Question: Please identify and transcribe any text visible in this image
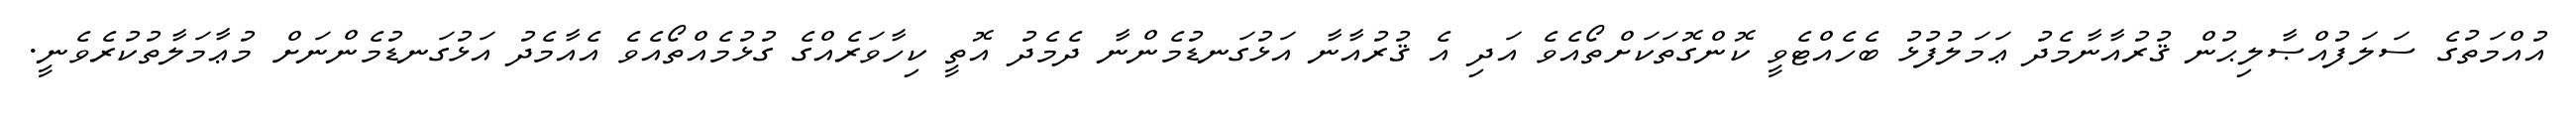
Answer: އުއްމަތުގެ ސަލަފުއްޞާލިޙުން ޤުރުއާނާމެދު ޢަމަލުފުޅު ބެހެއްޓެވީ ކޮންގޮތަކަށްތޯއެވެ އަދި އެ ޤުރުއާނާ އަޅުގަނޑުމެންނާ ދެމެދު އޮތީ ކިހާވަރެއްގެ ގުޅުމެއްތޯއެވެ އެއާމެދު އަޅުގަނޑުމެންނަށް މުޢާމަލާތުކުރެވެނީ.